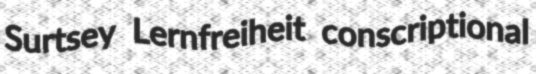
Surtsey Lernfreiheit conscriptional